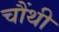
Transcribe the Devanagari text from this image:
चौंथी